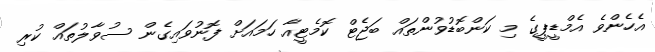
އެހެންވެ އެމްޑީޕީގެ މި ކަންބޮޑުވުންތައް ބަޖެޓް ކޮމެޓީއާ ހަމައަށް ފޮނުވައިގެން ސުވާލުތައް ކުރި